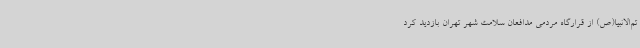
تم‌الانبیا(ص) از قرارگاه مردمی مدافعان سلامت شهر تهران بازدید کرد